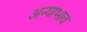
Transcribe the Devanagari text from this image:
अन्याभाव